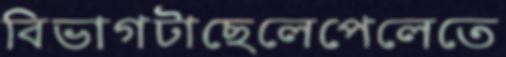
বিভাগটাছেলেপেলেতে